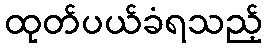
ထုတ်ပယ်ခံရသည့်